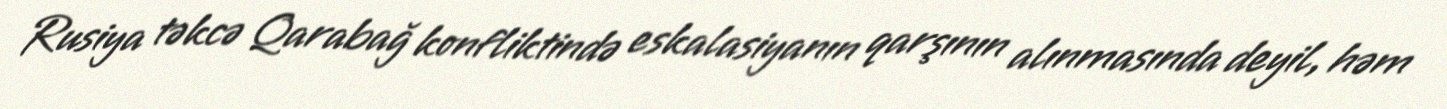
Rusiya təkcə Qarabağ konfliktində eskalasiyanın qarşının alınmasında deyil, həm